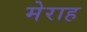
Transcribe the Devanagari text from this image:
मेराह